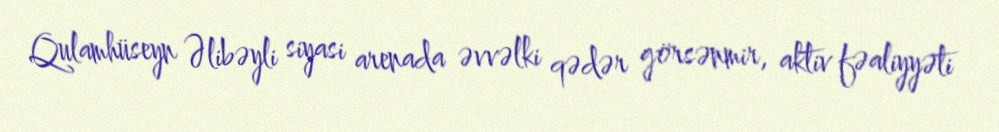
Qulamhüseyn Əlibəyli siyasi arenada əvvəlki qədər görsənmir, aktiv fəaliyyəti